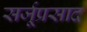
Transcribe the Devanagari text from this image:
सर्जूप्रसाद